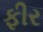
ફીર